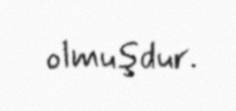
olmuşdur.